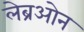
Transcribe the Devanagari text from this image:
लेब्रओन